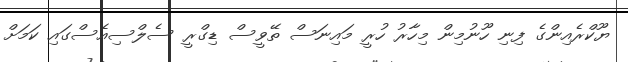
ޔޫކްރެއިންގެ ފިނި ހޫނުމިން މިހާރު ހުރީ މައިނަސް ތޭވީސް ޑިގްރީ ސެލްސިއެސްގައި ކަމަށް